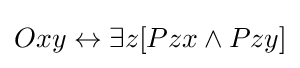
Oxy\leftrightarrow \exists z[Pzx\land Pzy]